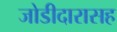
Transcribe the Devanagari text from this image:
जोडीदारासह